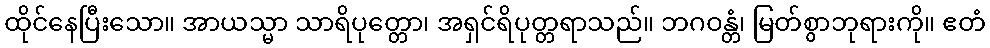
ထိုင်နေပြီးသော။ အာယသ္မာ သာရိပုတ္တော၊ အရှင်ရိပုတ္တရာသည်။ ဘဂဝန္တံ၊ မြတ်စွာဘုရားကို။ ဧတံ